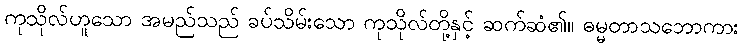
ကုသိုလ်ဟူသော အမည်သည် ခပ်သိမ်းသော ကုသိုလ်တို့နှင့် ဆက်ဆံ၏။ ဓမ္မတာသဘောကား